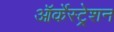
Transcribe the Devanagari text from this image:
ऑर्केस्ट्रेशन